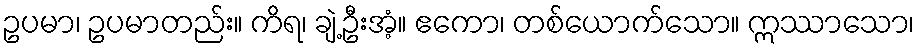
ဥပမာ၊ ဥပမာတည်း။ ကိရ၊ ချဲ့ဦးအံ့။ ဧကော၊ တစ်ယောက်သော။ ဣဿာသော၊